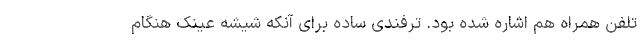
تلفن همراه هم اشاره شده بود. ترفندی ساده برای آنکه شیشه عینک هنگام